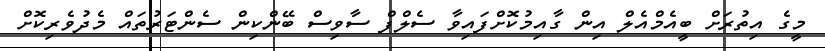
މީގެ އިތުރަށް ބީއެމްއެލް އިން ގާއިމުކޮށްފައިވާ ސެލްފް ސާވިސް ބޭންކިން ސެންޓަރުތައް މެދުވެރިކޮށް